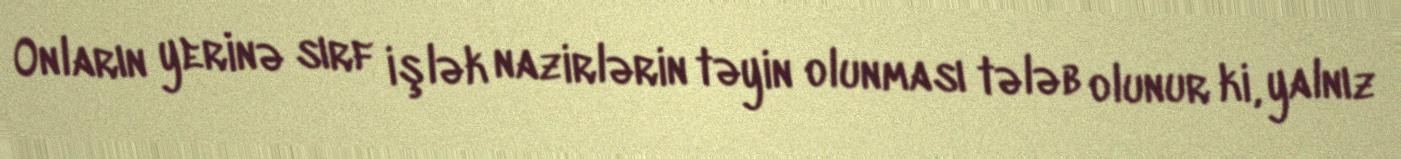
Onların yerinə sırf işlək nazirlərin təyin olunması tələb olunur ki, yalnız